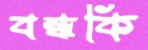
বন্ধকি